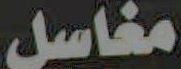
مغاسل